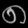
Digit: ၈